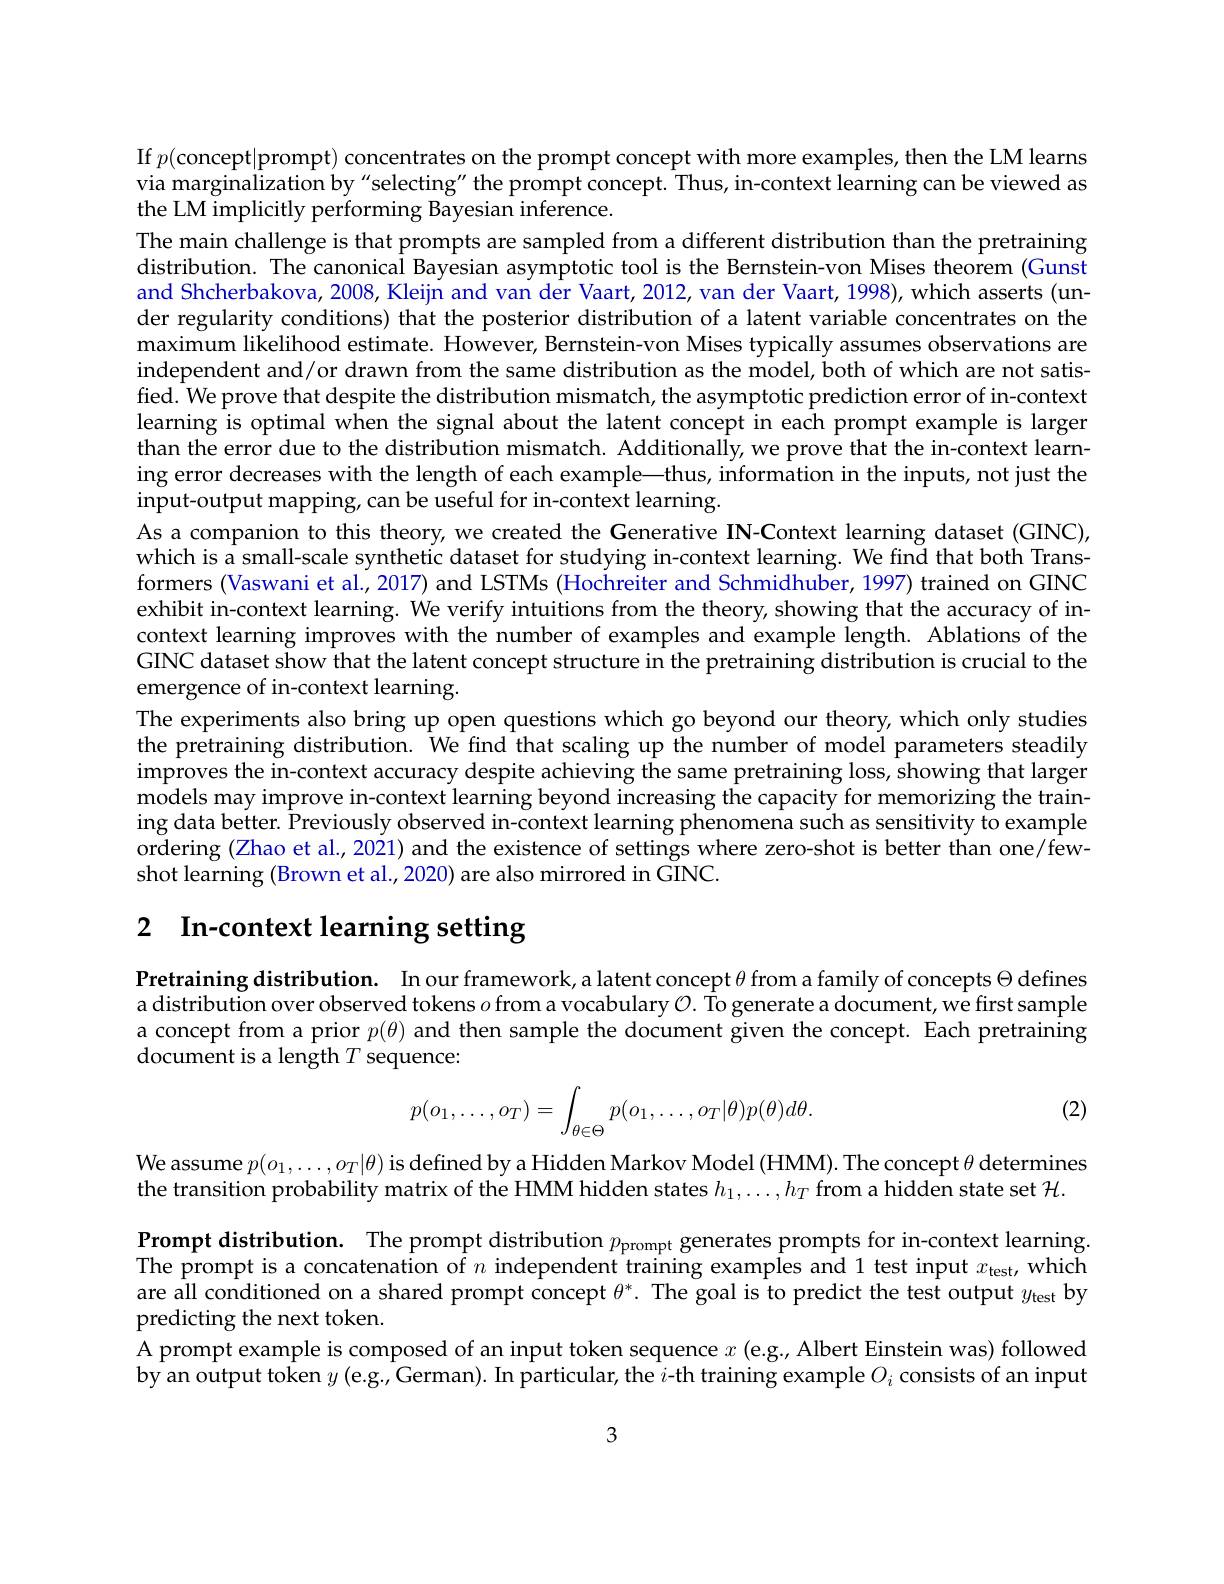
If $p($concept|prompt) concentrates on the prompt concept with more examples, then the LM learns via marginalization by“selecting" the prompt concept. Thus, in-context learning can be viewed as the LM implicitly performing Bayesian inference.
The main challenge is that prompts are sampled from a different distribution than the pretraining distribution. The canonical Bayesian asymptotic tool is the Bernstein-von Mises theorem (Gunstion The canonical Bayesian asymptotic tool is the Bernstein-von Mises theorem (Gunstion ( and Shcherbakova, 2008, Kleijn and van der Vaart, 2012, van der Vaart, 1998), which asserts (under regularity conditions) that the posterior distribution of a latent variable concentrates on the $\tilde{\text{maximum likelihood estimate. However, Bernstein-von Mises typically assumes observations are}}$ independent and/or drawn from the same distribution as the model, both of which are not satisfied. We prove that despite the distribution mismatch, the asymptotic prediction error of in-context learning is optimal when the signal about the latent concept in each prompt example is larger than the error due to the distribution mismatch. Additionally, we prove that the in-context learning error decreases with the length of each example—thus, information in the inputs, not just the input-output mapping, can be useful for in-context learning.
As a companion to this theory, we created the Generative IN-Context learning dataset (GINC), which is a small-scale synthetic dataset for studying in-context learning. We find that both Transformers (Vaswani et al., 2017) and LSTMs (Hochreiter and Schmidhuber, 1997) trained on GINC exhibit in-context learning. We verify intuitions from the theory, showing that the accuracy of incontext learning improves with the number of examples and example length. Ablations of the GINC dataset show that the latent concept structure in the pretraining distribution is crucial to the emergence of in-context learning.
The experiments also bring up open questions which go beyond our theory, which only studies the pretraining distribution. We find that scaling up the number of model parameters steadily improves the in-context accuracy despite achieving the same pretraining loss, showing that larger models may improve in-context learning beyond increasing the capacity for memorizing the training data better. Previously observed in-context learning phenomena such as sensitivity to example ordering (Zhao et al., 2021) and the existence of settings where zero-shot is better than one/fewshot learning (Brown et al., 2020) are also mirrored in GINC.

# 2 In-context learning setting

Pretraining distribution. In our framework, a latent concept $\theta$ from a family of concepts $\Theta$ defines a distribution over observed tokens $o$ from a vocabulary $\mathcal{O} .$ To generate a document, we first sample a concept from a prior $p(\theta)$ and then sample the document given the concept. Each pretraining $\bar{\text{document is a length}}T$ sequence:

(2)
$$p(o_1,\dots,o_T)=\int_{\theta\in\Theta}p(o_1,\dots,o_T|\theta)p(\theta)d\theta.$$
We assume $p(o_1,\ldots,o_T|\theta)$ is defined by a Hidden Markov Model (HMM). The concept $\theta$ determines
the transition probability matrix of the HMM hidden states $h_1,\ldots,h_T$ from a hidden state set $\mathcal{H}.$

$\textbf{Prompt distribution. The prompt distribution }p_{\mathrm{prompt~}}$generates prompts for in-context learning. The prompt is a concatenation of $n$ independent training examples and 1 test input $x_\mathrm{test}$, which are all conditioned on a shared prompt concept $\theta^*.$ The goal is to predict the test output $y_{\mathrm{test}}$ by predicting the next token.
A prompt example is composed of an input token sequence $x$ (e.g., Albert Einstein was) followed by an output token $y\left(\mathrm{e.g.,~German).~In~particular,~the~}i\text{-th training example}O_{i}\text{ consists of an input}\right)$

3